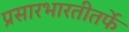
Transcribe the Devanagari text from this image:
प्रसारभारतीतर्फे